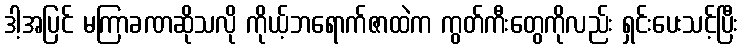
ဒါ့အပြင် မကြာခဏဆိုသလို ကိုယ့်ဘရောက်ဇာထဲက ကွတ်ကီးတွေကိုလည်း ရှင်းပေးသင့်ပြီး